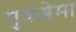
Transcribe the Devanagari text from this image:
मुकव्वेमा